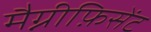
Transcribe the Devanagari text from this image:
मैग्नीफ़िसेंट